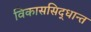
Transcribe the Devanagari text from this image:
विकाससिद्धान्त